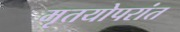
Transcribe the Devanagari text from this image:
मृतयोपरांत